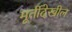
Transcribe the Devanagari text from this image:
मूर्तीदेखील